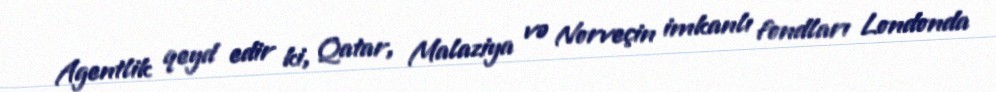
Agentlik qeyd edir ki, Qatar, Malaziya və Norveçin imkanlı fondları Londonda